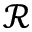
\mathcal { R }